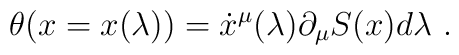
\theta(x=x(\lambda))=\dot x^\mu(\lambda)\partial_\mu S(x) d\lambda\ .